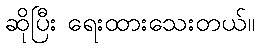
ဆိုပြီး ရေးထားသေးတယ်။